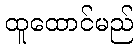
ထူထောင်မည်